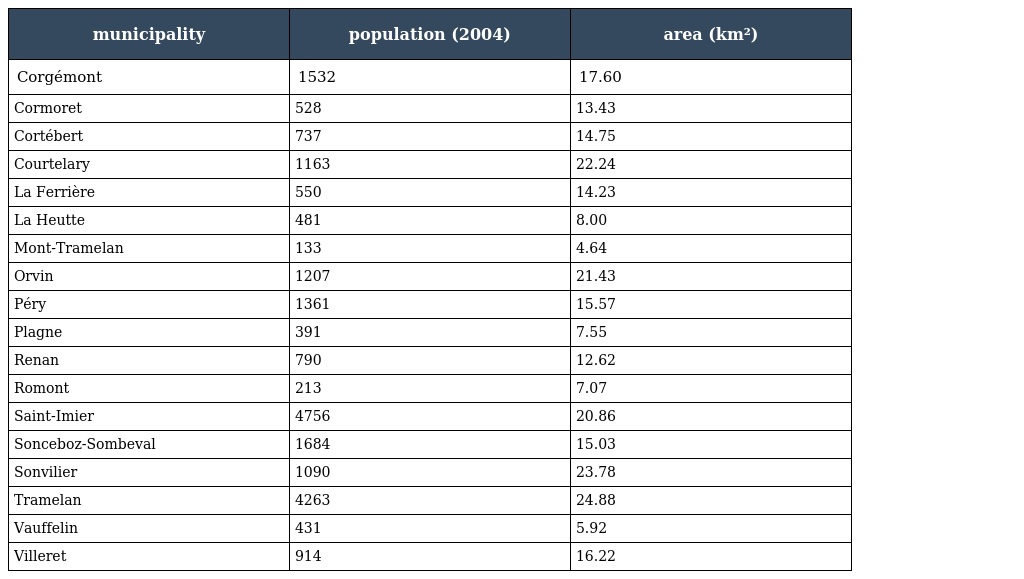
| municipality | population (2004) | area (km²) |
 | --- | --- | --- |
 | Corgémont | 1532 | 17.60 |
 | Cormoret | 528 | 13.43 |
 | Cortébert | 737 | 14.75 |
 | Courtelary | 1163 | 22.24 |
 | La Ferrière | 550 | 14.23 |
 | La Heutte | 481 | 8.00 |
 | Mont-Tramelan | 133 | 4.64 |
 | Orvin | 1207 | 21.43 |
 | Péry | 1361 | 15.57 |
 | Plagne | 391 | 7.55 |
 | Renan | 790 | 12.62 |
 | Romont | 213 | 7.07 |
 | Saint-Imier | 4756 | 20.86 |
 | Sonceboz-Sombeval | 1684 | 15.03 |
 | Sonvilier | 1090 | 23.78 |
 | Tramelan | 4263 | 24.88 |
 | Vauffelin | 431 | 5.92 |
 | Villeret | 914 | 16.22 |